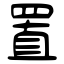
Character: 置